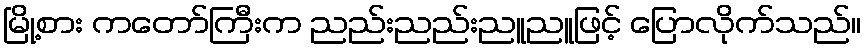
မြို့စား ကတော်ကြီးက ညည်းညည်းညူညူဖြင့် ပြောလိုက်သည်။